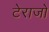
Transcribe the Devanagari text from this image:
टेराजो